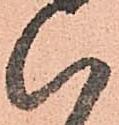
い